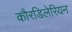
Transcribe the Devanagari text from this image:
कौरडिलेरियन